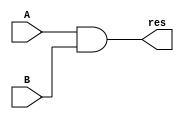
module AND_struct(res, A, B);
input A, B;
output res;
and(res, A, B);
endmodule